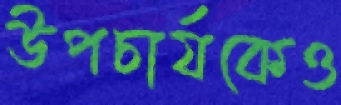
উপচার্যকেও